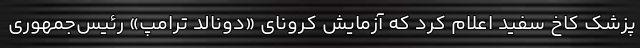
پزشک کاخ سفید اعلام کرد که آزمایش کرونای «دونالد ترامپ» رئیس‌جمهوری